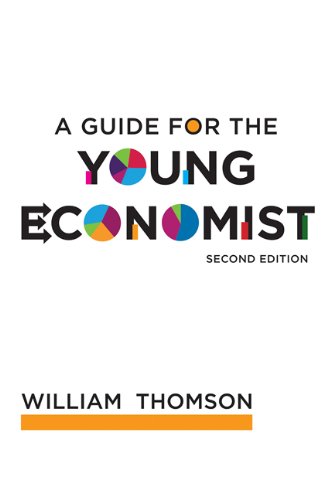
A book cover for A Guide for the Young Economist; William Thomson; Business & Money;